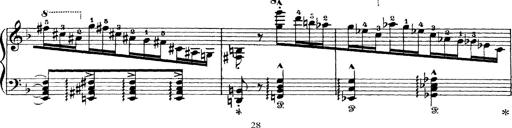
Title: Scherzo und Marsch
Composer: Franz Liszt